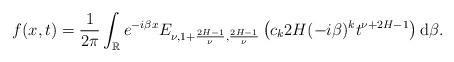
LaTeX: \begin{align*} & f(x,t) = \frac{1}{2 \pi} \int_{\mathbb{R}} e^{-i \beta x} E_{\nu, 1+\frac{2H-1}{\nu}, \frac{2H-1}{\nu}} \left(c_k 2H (-i\beta)^k t^{\nu+2H-1} \right) \mathrm d\beta. \end{align*}